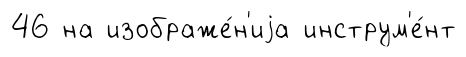
46 на изображе́н'иjа инструм'е́нт